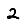
Digit: 2